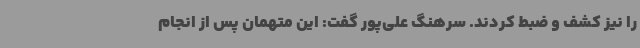
را نیز کشف و ضبط کردند. سرهنگ علی‌پور گفت: این متهمان پس از انجام